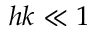
h k \ll 1